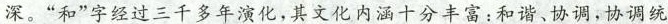
深。”和”字经过三千多年演化，其文化内涵十分丰富：和谐、协调，协调统